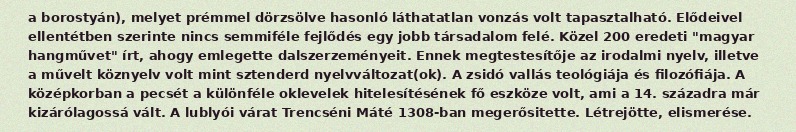
a borostyán), melyet prémmel dörzsölve hasonló láthatatlan vonzás volt tapasztalható. Elődeivel ellentétben szerinte nincs semmiféle fejlődés egy jobb társadalom felé. Közel 200 eredeti "magyar hangművet" írt, ahogy emlegette dalszerzeményeit. Ennek megtestesítője az irodalmi nyelv, illetve a művelt köznyelv volt mint sztenderd nyelvváltozat(ok). A zsidó vallás teológiája és filozófiája. A középkorban a pecsét a különféle oklevelek hitelesítésének fő eszköze volt, ami a 14. századra már kizárólagossá vált. A lublyói várat Trencséni Máté 1308-ban megerősitette. Létrejötte, elismerése.